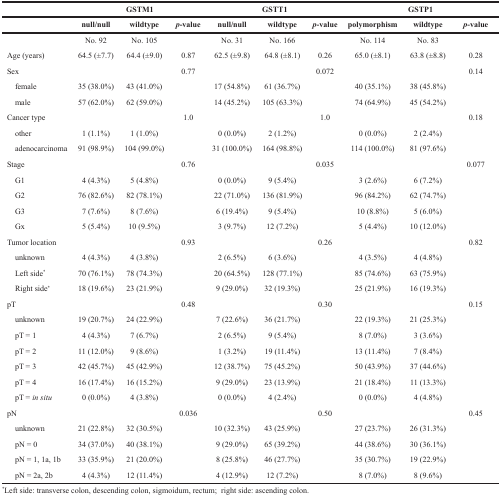
<table><thead><tr><td></td><td colspan="3"><b>GSTM1</b></td><td colspan="3"><b>GSTT1</b></td><td colspan="3"><b>GSTP1</b></td></tr><tr><td></td><td><b>null/null</b></td><td><b>wildtype</b></td><td><b><i>p</i>-value</b></td><td><b>null/null</b></td><td><b>wildtype</b></td><td><b><i>p</i>-value</b></td><td><b>polymorphism</b></td><td><b>wildtype</b></td><td><b><i>p</i>-value</b></td></tr></thead><tbody><tr><td></td><td>No. 92</td><td>No. 105</td><td></td><td>No. 31</td><td>No. 166</td><td></td><td>No. 114</td><td>No. 83</td><td></td></tr><tr><td>Age (years)</td><td>64.5 (±7.7)</td><td>64.4 (±9.0)</td><td>0.87</td><td>62.5 (±9.8)</td><td>64.8 (±8.1)</td><td>0.26</td><td>65.0 (±8.1)</td><td>63.8 (±8.8)</td><td>0.28</td></tr><tr><td>Sex</td><td></td><td></td><td>0.77</td><td></td><td></td><td>0.072</td><td></td><td></td><td>0.14</td></tr><tr><td> female</td><td>35 (38.0%)</td><td>43 (41.0%)</td><td></td><td>17 (54.8%)</td><td>61 (36.7%)</td><td></td><td>40 (35.1%)</td><td>38 (45.8%)</td><td></td></tr><tr><td> male</td><td>57 (62.0%)</td><td>62 (59.0%)</td><td></td><td>14 (45.2%)</td><td>105 (63.3%)</td><td></td><td>74 (64.9%)</td><td>45 (54.2%)</td><td></td></tr><tr><td>Cancer type</td><td></td><td></td><td>1.0</td><td></td><td></td><td>1.0</td><td></td><td></td><td>0.18</td></tr><tr><td> other</td><td>1 (1.1%)</td><td>1 (1.0%)</td><td></td><td>0 (0.0%)</td><td>2 (1.2%)</td><td></td><td>0 (0.0%)</td><td>2 (2.4%)</td><td></td></tr><tr><td> adenocarcinoma</td><td>91 (98.9%)</td><td>104 (99.0%)</td><td></td><td>31 (100.0%)</td><td>164 (98.8%)</td><td></td><td>114 (100.0%)</td><td>81 (97.6%)</td><td></td></tr><tr><td>Stage</td><td></td><td></td><td>0.76</td><td></td><td></td><td>0.035</td><td></td><td></td><td>0.077</td></tr><tr><td> G1</td><td>4 (4.3%)</td><td>5 (4.8%)</td><td></td><td>0 (0.0%)</td><td>9 (5.4%)</td><td></td><td>3 (2.6%)</td><td>6 (7.2%)</td><td></td></tr><tr><td> G2</td><td>76 (82.6%)</td><td>82 (78.1%)</td><td></td><td>22 (71.0%)</td><td>136 (81.9%)</td><td></td><td>96 (84.2%)</td><td>62 (74.7%)</td><td></td></tr><tr><td> G3</td><td>7 (7.6%)</td><td>8 (7.6%)</td><td></td><td>6 (19.4%)</td><td>9 (5.4%)</td><td></td><td>10 (8.8%)</td><td>5 (6.0%)</td><td></td></tr><tr><td> Gx</td><td>5 (5.4%)</td><td>10 (9.5%)</td><td></td><td>3 (9.7%)</td><td>12 (7.2%)</td><td></td><td>5 (4.4%)</td><td>10 (12.0%)</td><td></td></tr><tr><td>Tumor location</td><td></td><td></td><td>0.93</td><td></td><td></td><td>0.26</td><td></td><td></td><td>0.82</td></tr><tr><td> unknown</td><td>4 (4.3%)</td><td>4 (3.8%)</td><td></td><td>2 (6.5%)</td><td>6 (3.6%)</td><td></td><td>4 (3.5%)</td><td>4 (4.8%)</td><td></td></tr><tr><td> Left side<sup>*</sup></td><td>70 (76.1%)</td><td>78 (74.3%)</td><td></td><td>20 (64.5%)</td><td>128 (77.1%)</td><td></td><td>85 (74.6%)</td><td>63 (75.9%)</td><td></td></tr><tr><td> Right side<sup>*</sup></td><td>18 (19.6%)</td><td>23 (21.9%)</td><td></td><td>9 (29.0%)</td><td>32 (19.3%)</td><td></td><td>25 (21.9%)</td><td>16 (19.3%)</td><td></td></tr><tr><td>pT</td><td></td><td></td><td>0.48</td><td></td><td></td><td>0.30</td><td></td><td></td><td>0.15</td></tr><tr><td> unknown</td><td>19 (20.7%)</td><td>24 (22.9%)</td><td></td><td>7 (22.6%)</td><td>36 (21.7%)</td><td></td><td>22 (19.3%)</td><td>21 (25.3%)</td><td></td></tr><tr><td> pT = 1</td><td>4 (4.3%)</td><td>7 (6.7%)</td><td></td><td>2 (6.5%)</td><td>9 (5.4%)</td><td></td><td>8 (7.0%)</td><td>3 (3.6%)</td><td></td></tr><tr><td> pT = 2</td><td>11 (12.0%)</td><td>9 (8.6%)</td><td></td><td>1 (3.2%)</td><td>19 (11.4%)</td><td></td><td>13 (11.4%)</td><td>7 (8.4%)</td><td></td></tr><tr><td> pT = 3</td><td>42 (45.7%)</td><td>45 (42.9%)</td><td></td><td>12 (38.7%)</td><td>75 (45.2%)</td><td></td><td>50 (43.9%)</td><td>37 (44.6%)</td><td></td></tr><tr><td> pT = 4</td><td>16 (17.4%)</td><td>16 (15.2%)</td><td></td><td>9 (29.0%)</td><td>23 (13.9%)</td><td></td><td>21 (18.4%)</td><td>11 (13.3%)</td><td></td></tr><tr><td> pT = <i>in situ</i></td><td>0 (0.0%)</td><td>4 (3.8%)</td><td></td><td>0 (0.0%)</td><td>4 (2.4%)</td><td></td><td>0 (0.0%)</td><td>4 (4.8%)</td><td></td></tr><tr><td>pN</td><td></td><td></td><td>0.036</td><td></td><td></td><td>0.50</td><td></td><td></td><td>0.45</td></tr><tr><td> unknown</td><td>21 (22.8%)</td><td>32 (30.5%)</td><td></td><td>10 (32.3%)</td><td>43 (25.9%)</td><td></td><td>27 (23.7%)</td><td>26 (31.3%)</td><td></td></tr><tr><td> pN = 0</td><td>34 (37.0%)</td><td>40 (38.1%)</td><td></td><td>9 (29.0%)</td><td>65 (39.2%)</td><td></td><td>44 (38.6%)</td><td>30 (36.1%)</td><td></td></tr><tr><td> pN = 1, 1a, 1b</td><td>33 (35.9%)</td><td>21 (20.0%)</td><td></td><td>8 (25.8%)</td><td>46 (27.7%)</td><td></td><td>35 (30.7%)</td><td>19 (22.9%)</td><td></td></tr><tr><td> pN = 2a, 2b</td><td>4 (4.3%)</td><td>12 (11.4%)</td><td></td><td>4 (12.9%)</td><td>12 (7.2%)</td><td></td><td>8 (7.0%)</td><td>8 (9.6%)</td><td></td></tr></tbody></table>